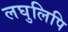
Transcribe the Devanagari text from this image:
लघुलिपि